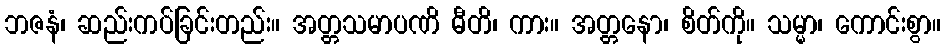
ဘဇနံ၊ ဆည်းကပ်ခြင်းတည်း။ အတ္တသမာပဏိ ဓီတိ၊ ကား။ အတ္တနော၊ စိတ်ကို။ သမ္မာ၊ ကောင်းစွာ။